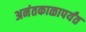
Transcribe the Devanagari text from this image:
अनंतकाळापर्यंत